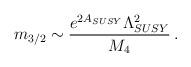
LaTeX: \begin{align*}m_{3/2} \sim \frac{ e^{2A_{SUSY}} \Lambda_{SUSY}^2}{M_4}\,.\end{align*}